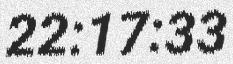
22:17:33